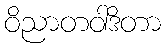
ဝိညာတဝါဒိတာ